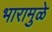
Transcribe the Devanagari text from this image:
भारामुळे